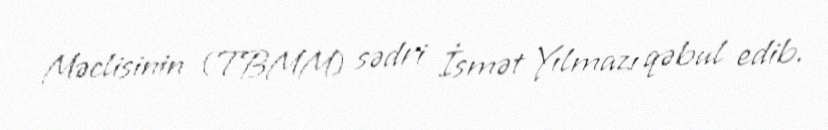
Məclisinin (TBMM) sədri İsmət Yılmazı qəbul edib.